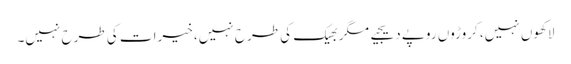
لاکھوں نہیں، کروڑوں روپے دیجیے مگر بھیک کی طرح نہیں، خیرات کی طرح نہیں۔